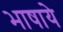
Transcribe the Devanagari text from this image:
भाषाये